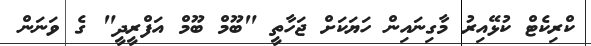
ކްރިކެޓް ކުޅޭއިރު މާގިނައިން ހަޔަކަށް ޖަހާތީ "ބޫމް ބޫމް އަފްރީދީ" ގެ ވަނަން